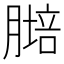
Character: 𦟷